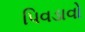
પિવડાવો